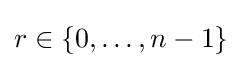
r\in \left\{0,\dots ,n-1\right\}